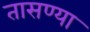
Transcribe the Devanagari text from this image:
तासण्या